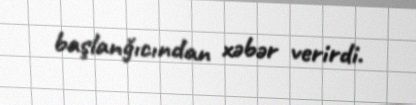
başlanğıcından xəbər verirdi.